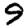
Digit: 9